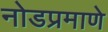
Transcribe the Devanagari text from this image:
नोडप्रमाणे